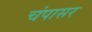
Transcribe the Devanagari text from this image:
चंपासर